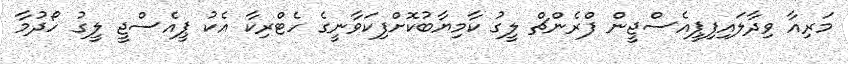
މަރިއާ ވިދާލައިފިޕީއެސްޖީން ފްރެންޗް ލީގު ކާމިޔާބުކޮށްފިކަވާނީގެ ހެޓްރިކާ އެކު ޕީއެސްޖީ ލީގު ހޯދުމާ